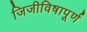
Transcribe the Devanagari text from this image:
जिजीविषापूर्ण